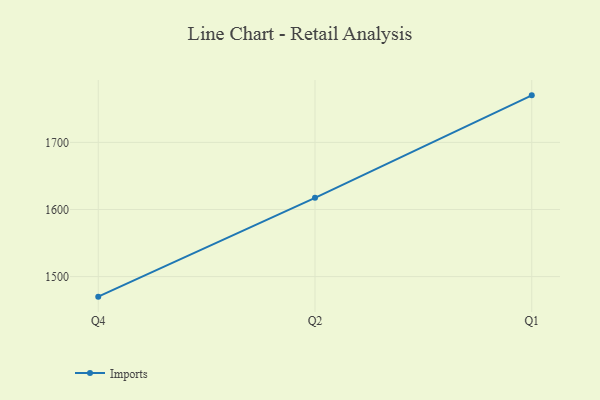
{"axis": {"x": "Quarter", "y": "Active Users"}, "legend": ["Imports"], "data": [{"x": "Q4", "y": 1470.1, "type": "Imports"}, {"x": "Q2", "y": 1617.4, "type": "Imports"}, {"x": "Q1", "y": 1770.1, "type": "Imports"}]}